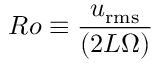
R o \equiv \frac { u _ { \mathrm { r m s } } } { ( 2 L \Omega ) }